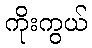
ကိုးကွယ်